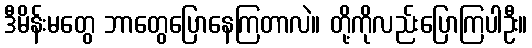
ဒီမိန်းမတွေ ဘာတွေပြောနေကြတာလဲ။ တို့ကိုလည်းပြောကြပါဦး။